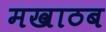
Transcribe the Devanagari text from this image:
मखाठब